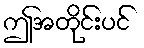
ဤအတိုင်းပင်